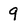
Character: 9